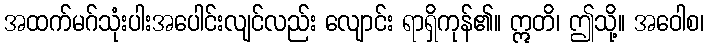
အထက်မဂ်သုံးပါးအပေါင်းလျင်လည်း လျောင်း ရာရှိကုန်၏။ ဣတိ၊ ဤသို့။ အဝေါစ၊